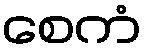
စေကံ